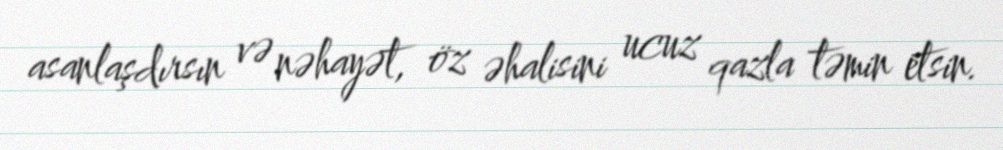
asanlaşdırsın və nəhayət, öz əhalisini ucuz qazla təmin etsin.